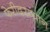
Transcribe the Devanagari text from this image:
फेरीदरम्यान